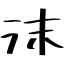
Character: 沫